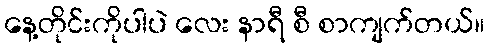
နေ့တိုင်းကိုပါပဲ လေး နာရီ စီ စာကျက်တယ်။